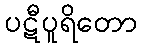
ပဋီပူရိတော